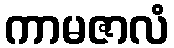
ကာမဇာလံ